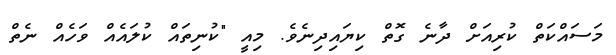
މަސައްކަތް ކުރިއަށް ދާނެ ގޮތް ކިޔައިދިނެވެ. މިއީ "ކުނިތައް ކުލައެއް ވަހެއް ނެތް